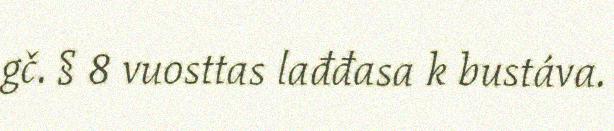
gč. § 8 vuosttas lađđasa k bustáva.